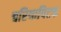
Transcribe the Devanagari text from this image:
चरियापिटक